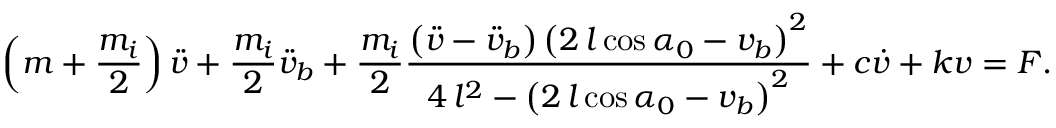
\left( m + \frac { m _ { i } } { 2 } \right) { \ddot { v } } + \frac { m _ { i } } { 2 } { \ddot { v } _ { b } } + \frac { m _ { i } } { 2 } \frac { \left( \ddot { v } - \ddot { v } _ { b } \right) \left( 2 \, l \cos { \alpha _ { 0 } } - v _ { b } \right) ^ { 2 } } { 4 \, l ^ { 2 } - { \left( 2 \, l \cos { \alpha _ { 0 } } - v _ { b } \right) } ^ { 2 } } + c \dot { v } + k v = F .